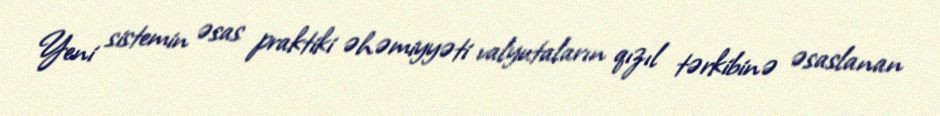
Yeni sistemin əsas praktiki əhəmiyyəti valyutaların qızıl tərkibinə əsaslanan